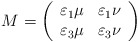
\begin{align*}M=\left( \begin{array}{cc}\varepsilon_1\mu&\varepsilon_1\nu\\\varepsilon_3\mu&\varepsilon_{3}\nu\end{array}\right) \end{align*}